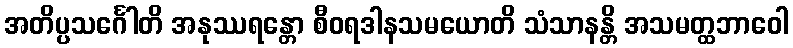
အတိပ္ပသင်္ဂေါတိ အနုဿရန္တော စီဝရဒါနသမယောတိ သံသာနန္တိ အသမတ္ထဘာဝေါ